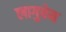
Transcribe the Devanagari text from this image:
लागुबेन